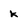
Character: k